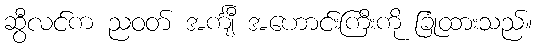
ဆွီလင်က ညဝတ် အင်္ကျီ အဟောင်းကြီးကို ခြုံထားသည်။